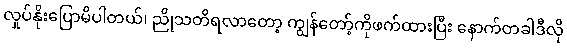
လှုပ်နိုးပြောမိပါတယ်၊ ညိုသတိရလာတော့ ကျွန်တော့်ကိုဖက်ထားပြီး နောက်တခါဒီလို